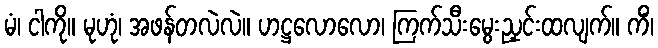
မံ၊ ငါကို။ မုဟုံ၊ အဖန်တလဲလဲ။ ဟဋ္ဌလောလော၊ ကြက်သီးမွေးညှင်းထလျက်။ ကိံ၊